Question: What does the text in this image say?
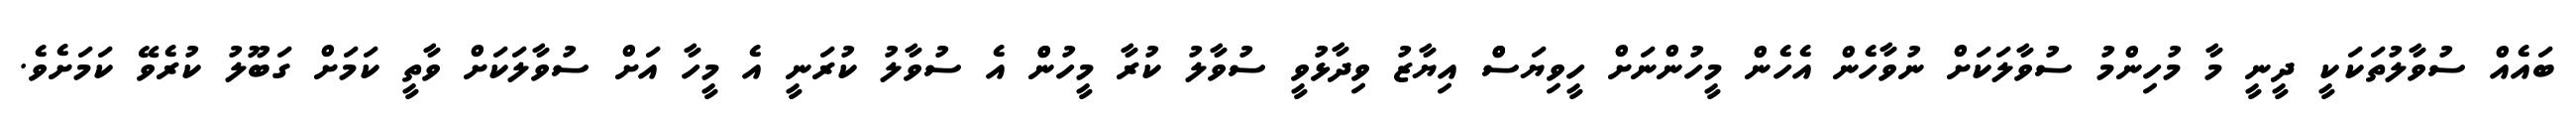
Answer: ބައެއް ސުވާލުތަކަކީ ދީނީ މާ މުހިންމު ސުވާލަކަށް ނުވާހެން އެހެން މީހުންނަށް ހީވިޔަސްް އިޔާޒު ވިދާޅުވީ ސުވާލު ކުރާ މީހުންް އެ ސުވާލު ކުރަނީ އެ މީހާ އަށް ސުވާލަކަށް ވާތީ ކަމަށް ގަބޫލު ކުރެވޭ ކަމަށެވެ.